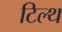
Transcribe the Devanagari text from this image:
टिल्थ